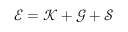
\mathscr { E } = \mathscr { K } + \mathscr { G } + \mathscr { S }